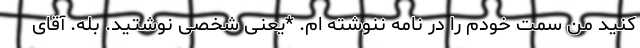
کنید من سمت خودم را در نامه ننوشته ام. *یعنی شخصی نوشتید. بله. آقای